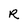
Character: R